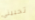
تحبيني